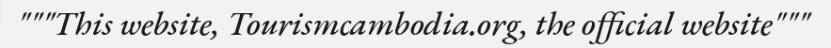
"""This website, Tourismcambodia.org, the official website"""